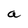
Character: a